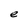
Character: e